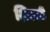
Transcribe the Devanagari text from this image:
शिउली